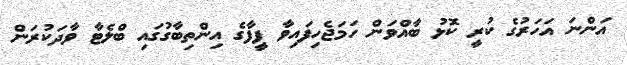
އަންނަ އަހަރުގެ ކުރީ ކޮޅު ބާއްވަން ހަމަޖެހިފައިވާ ފީފާގެ އިންތިބާގުގައި ބްލެޓާ ވާދަކުރަން